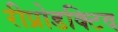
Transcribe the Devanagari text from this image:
रीप्रोडक्टिव